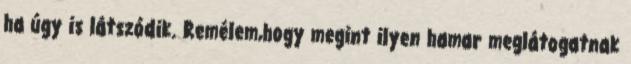
ha úgy is látszódik. Remélem,hogy megint ilyen hamar meglátogatnak